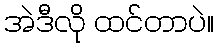
အဲဒီလို ထင်တာပဲ။